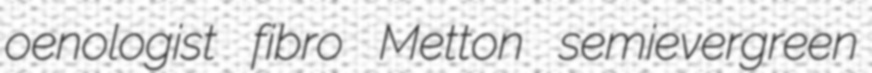
oenologist fibro Metton semievergreen